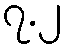
၇.၂